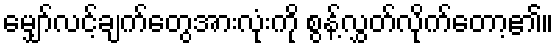
မျှော်လင့်ချက်တွေအားလုံးကို စွန့်လွှတ်လိုက်တော့၏။